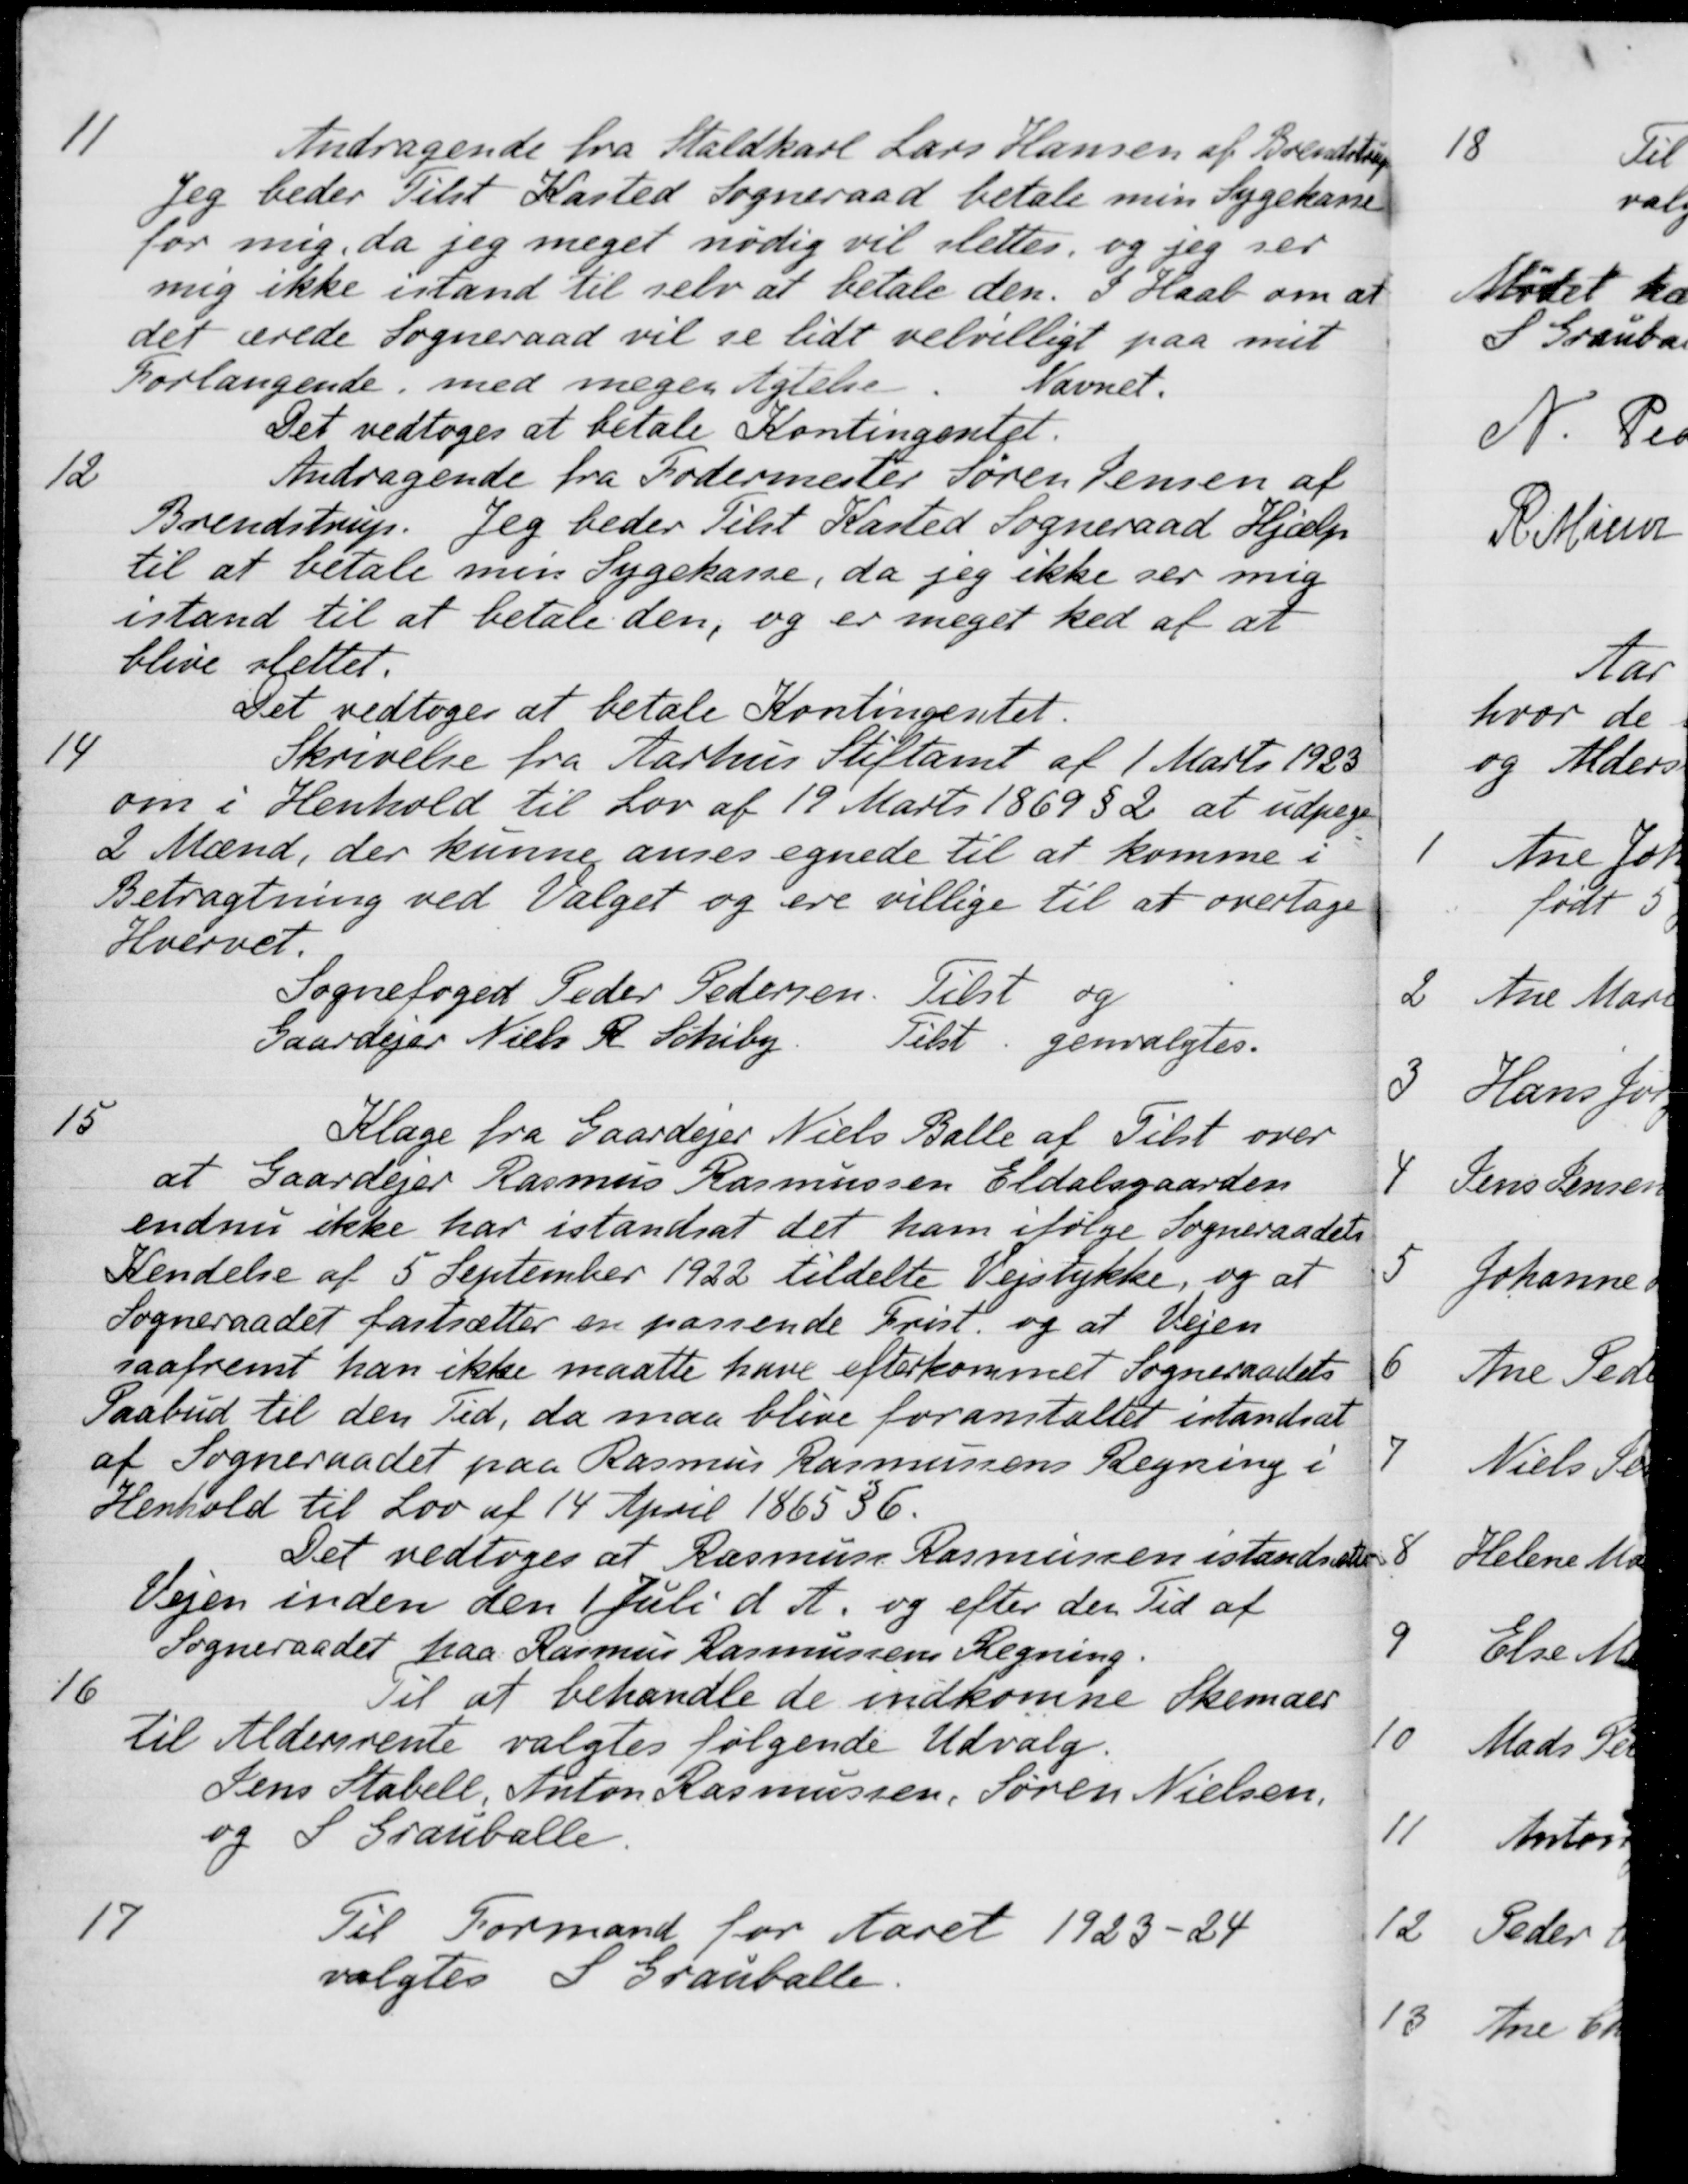
Transskription:
11
Andragende fra Staldkarl Lars Hansen af Brendstrup
Jeg beder Tilst Kasted Sogneraad betale min Sygekasse
for mig, da jeg meget nødig vil slettes, og jeg ser
mig ikke istand til selv at betale den. I Haab om at
det ærede Sogneraad vil se lidt velvilligt paa mit
Forlangende med megen Agtelse. Navnet.
Det vedtoges at betale Kontingentet.
12
Andragende fra Fodermester Søren Jensen af
Brendstrup. Jeg beder Tilst Kasted Sogneraad Hjælp
til at betale men Sygekasse, da jeg ikke ser mig
istand til at betale den, og er meget hed af at
blive slettet.
Det vedtoges at betale Kontingentet.
14
Skrivelse fra Aarhus Stiftamt af 1 Marts 1923
om i Henhold til Lov af 19 Marts 1869 § 2 at udpege
2 Mænd, der kunne anses egnede til at komme i
Betragtning ved Valget og ere villige til at overtage
Hvervet.
Sognefoged Peder Pedersen
Tilst
og
Gaardejer Niels R. Schiby
Tilst
genvalgtes.
15
Klage fra Gaardejer Niels Balle af Tilst over
at Gaardejer Rasmus Rasmussen Eldalsgaarden
endnu ikke har istands at det ham ifølge Sogneraadets
Kendelse af 5 September 1922 tildelte Vejstykke, og at
Sogneraadet fastsætter en passende Frist og at Vejen
saafremt han ikke maatte have efterkommet Sogneraadets
Paabud til den Tid, da maa blive foranstaltet istandsat
af Sogneraadet paa Rasmus Rasmussens Regning i
Henhold til Lov af 14 April 1865 §6.
Det vedtoges at Rasmuss Rasmussen istandsætter
Vejen inden den 1 Juli d. A. og efter den Tid af
Sogneraadet paa Rasmus Rasmussens Regning.
16
Til at behandle de indkomne Skemaer
til Aldersrente valgtes følgende Udvalg.
Jens Stabell, Anton Rasmussen, Søren Nielsen,
og S. Grauballe.
17
Til Formand for Aaret 1923-24
valgtes S. Grauballe.